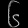
Digit: ၆